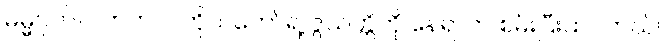
ဓမ္မဂုတ်။ ။ ဟဲဟဲ ... ကိုယ်တော်ရဲ့ ဇွဲသတ္တိကို နေရာက စမ်းပြီးထင်တယ်။